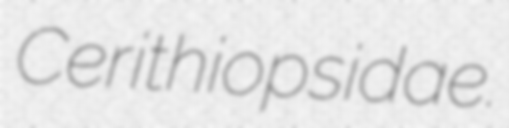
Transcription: Cerithiopsidae.